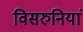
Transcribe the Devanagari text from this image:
विसरुनियां